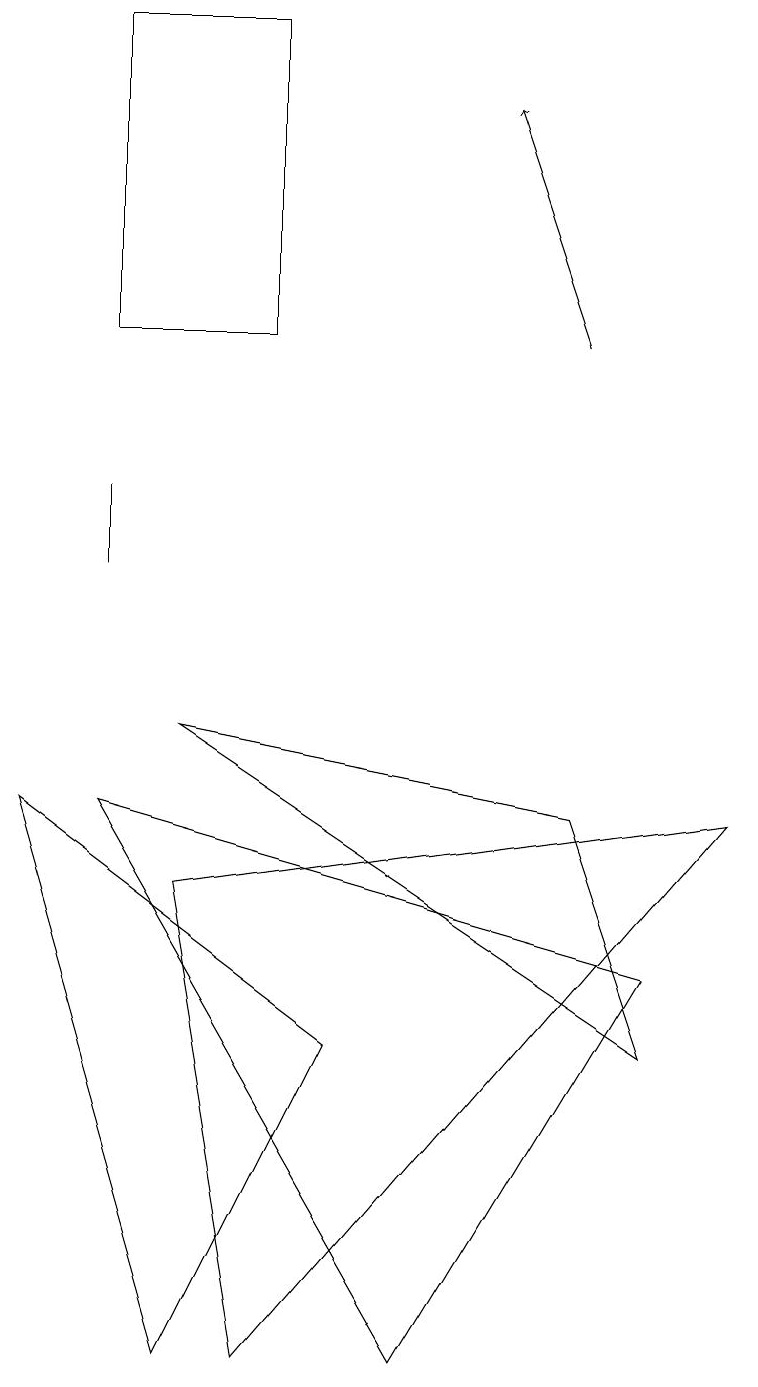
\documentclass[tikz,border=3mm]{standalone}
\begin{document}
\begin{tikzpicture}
\draw (3,16) rectangle (3,18);
\draw (1,18) rectangle (3,14);
\draw (9,8) -- (2,7) -- (3,1) -- cycle;
\draw (1,11) rectangle (1,12);
\draw (7,8) -- (2,9) -- (8,5) -- cycle;
\draw (4,5) -- (2,1) -- (0,8) -- cycle;
\draw (8,6) -- (5,1) -- (1,8) -- cycle;
\draw[->] (7,14) -- (6,17);
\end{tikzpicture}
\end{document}